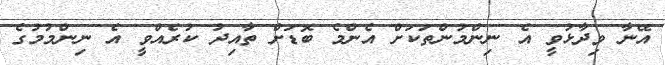
އޭނާ ވިދާޅުވީ އެ ނިންމުންތަކަށް އެންމެ ބޮޑަށް ތާއިދު ކުރެއްވީ އެ ނިންމުމުގެ